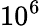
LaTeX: {10^{6}}